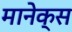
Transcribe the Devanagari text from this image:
मानेक्स